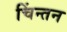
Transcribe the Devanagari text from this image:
चिंन्तन